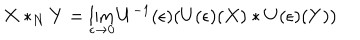
X * _ { N } Y = \lim _ { \epsilon \to 0 } U ^ { - 1 } ( \epsilon ) ( U ( \epsilon ) ( X ) * U ( \epsilon ) ( Y ) )